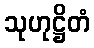
သုဟုဋ္ဌိတံ